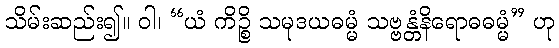
သိမ်းဆည်း၍။ ဝါ၊ “ယံ ကိဉ္စိ သမုဒယဓမ္မံ သဗ္ဗန္တံနိရောဓဓမ္မံ” ဟု